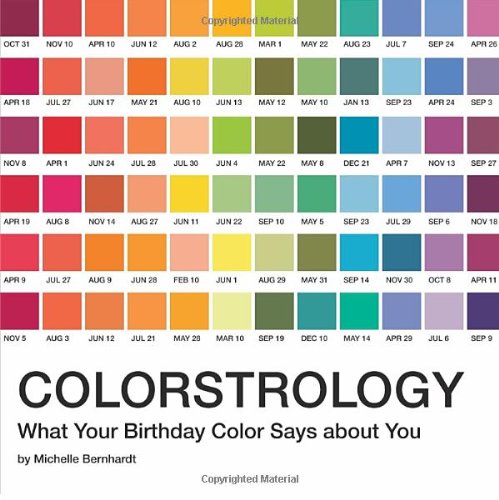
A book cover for Colorstrology: What Your Birthday Color Says about You; Michele Bernhardt; Religion & Spirituality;